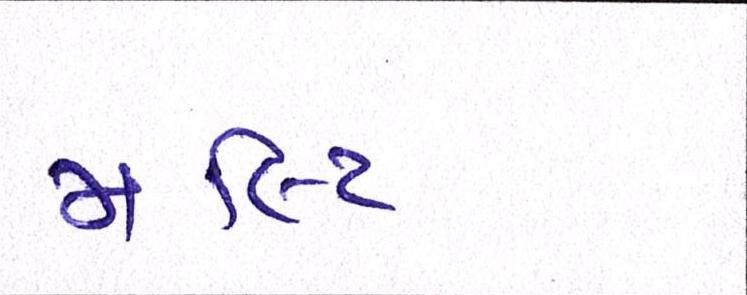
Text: મલ્ટિ